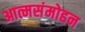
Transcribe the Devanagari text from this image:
आत्मसंमोहन